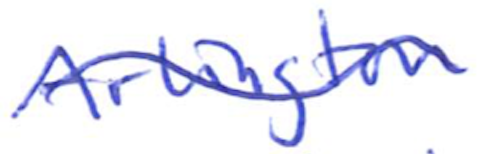
Text: Arlington
Cross-out: wave
Writing tool: ballpoint